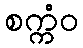
စက္ကံဝ